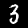
Digit: 3